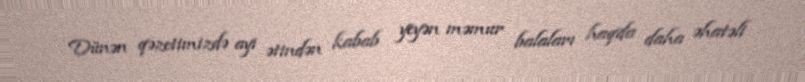
Dünən qəzetimizdə ayı ətindən kabab yeyən məmur balaları haqda daha əhatəli